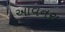
આવનરા